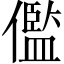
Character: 儖